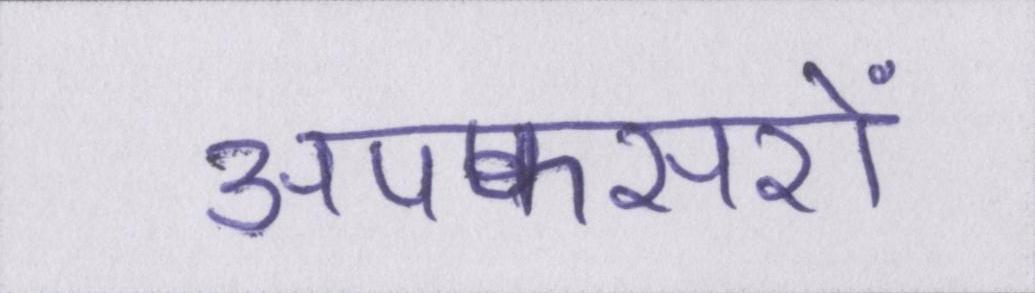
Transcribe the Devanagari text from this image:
अपफसरों